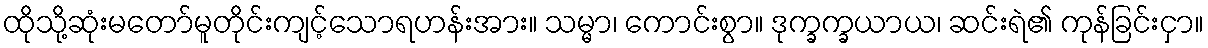
ထိုသို့ဆုံးမတော်မူတိုင်းကျင့်သောရဟန်းအား။ သမ္မာ၊ ကောင်းစွာ။ ဒုက္ခက္ခယာယ၊ ဆင်းရဲ၏ ကုန်ခြင်းငှာ။